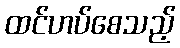
ထင်ဟပ်စေသည့်